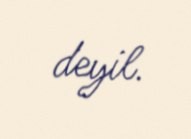
deyil.